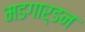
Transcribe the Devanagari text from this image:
मडगार्डन